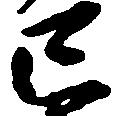
已